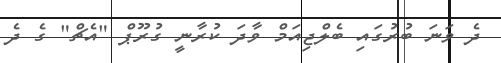
ދެ ވަނަ ބުރުގައި ބެލްޖިއަމް ވާދަ ކުރާނީ ގުރޫޕް "އެޗް" ގެ ދެ